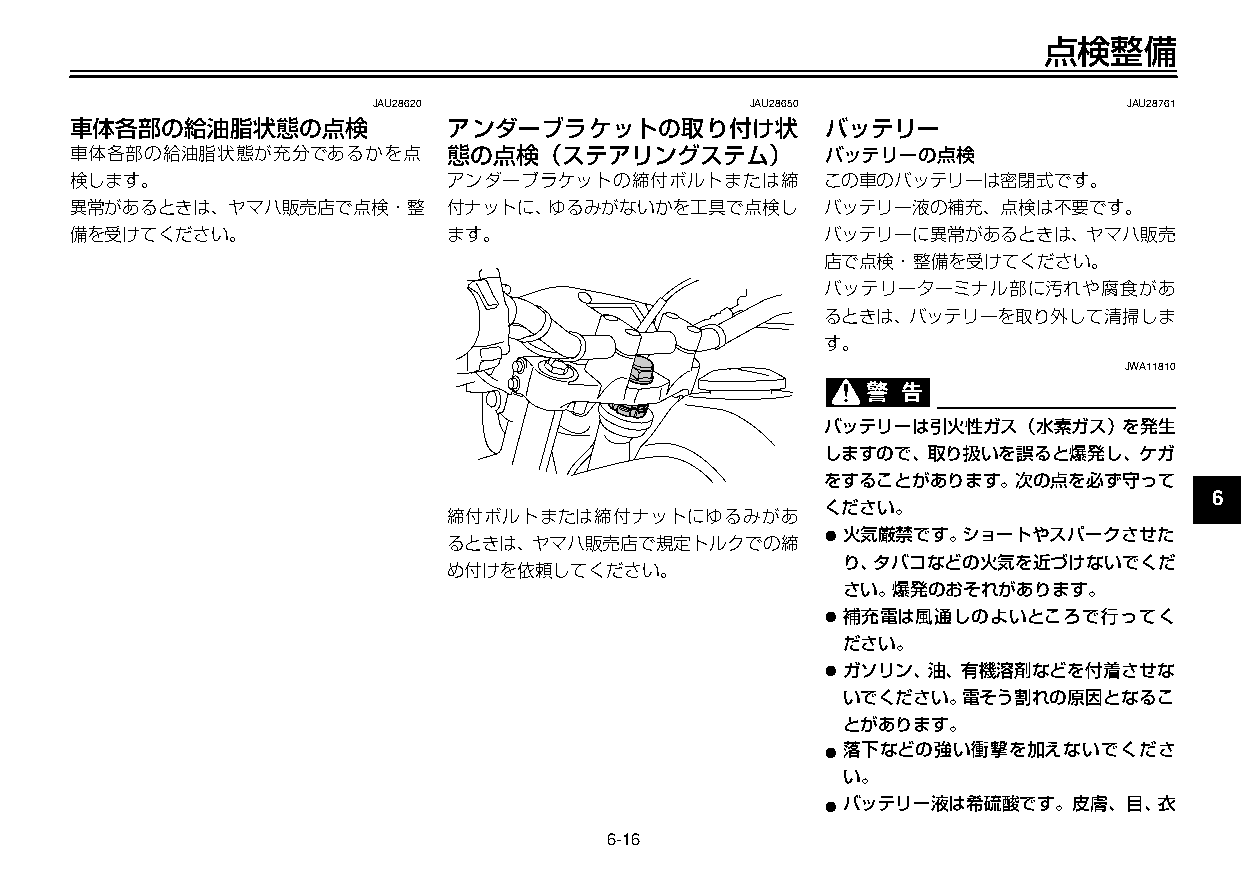
U3C5J7J0 16ページ ２００９年１１月４日 水曜日 午前９時４７分
 点検整備
 JAU28620                 JAU28650                 JAU28761
 車体各部の給油脂状態の点検            アンダーブラケットの取り付け状          バッテリー
 車体各部の給油脂状態が充分であるかを点      態の点検（ステアリングステム）          バッテリーの点検
 検します。                    アンダーブラケットの締付ボルトまたは締      この車のバッテリーは密閉式です。
 異常があるときは、ヤマハ販売店で点検・整     付ナットに、ゆるみがないかを工具で点検し     バッテリー液の補充、点検は不要です。
 備を受けてください。               ます。                      バッテリーに異常があるときは、ヤマハ販売
 店で点検・整備を受けてください。         2
 バッテリーターミナル部に汚れや腐食があ
 るときは、バッテリーを取り外して清掃しま     3
 す。
 JWA11810
 4
 バッテリーは引火性ガス（水素ガス）を発生
 5
 しますので、取り扱いを誤ると爆発し、ケガ
 をすることがあります。次の点を必ず守って
 6
 ください。
 締付ボルトまたは締付ナットにゆるみがあ
 ●火気厳禁です。ショートやスパークさせた
 るときは、ヤマハ販売店で規定トルクでの締
 7
 り、タバコなどの火気を近づけないでくだ
 め付けを依頼してください。
 さい。爆発のおそれがあります。
 ●補充電は風通しのよいところで行ってく      8
 ださい。
 ●ガソリン、油、有機溶剤などを付着させな     9
 いでください。電そう割れの原因となるこ
 とがあります。
 ●落下などの強い衝撃を加えないでくださ
 い。
 ●バッテリー液は希硫酸です。皮膚、目、衣
 6-16